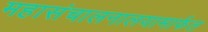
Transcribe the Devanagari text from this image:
महासंचालनालयामार्फत